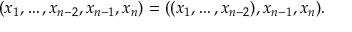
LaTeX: ( x _ { 1 } , \ldots , x _ { n - 2 } , x _ { n - 1 } , x _ { n } ) = ( ( x _ { 1 } , \ldots , x _ { n - 2 } ) , x _ { n - 1 } , x _ { n } ) .